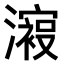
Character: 𣿟